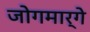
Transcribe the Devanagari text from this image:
जोगमार्गे